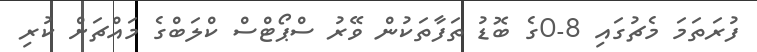
ފުރަތަމަ މެޗުގައި 8-0ގެ ބޮޑު ތަފާތަކުން ވޭރު ސްޕޯޓްސް ކްލަބްގެ މައްޗަށް ކުރި